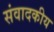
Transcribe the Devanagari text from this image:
संवादकीय